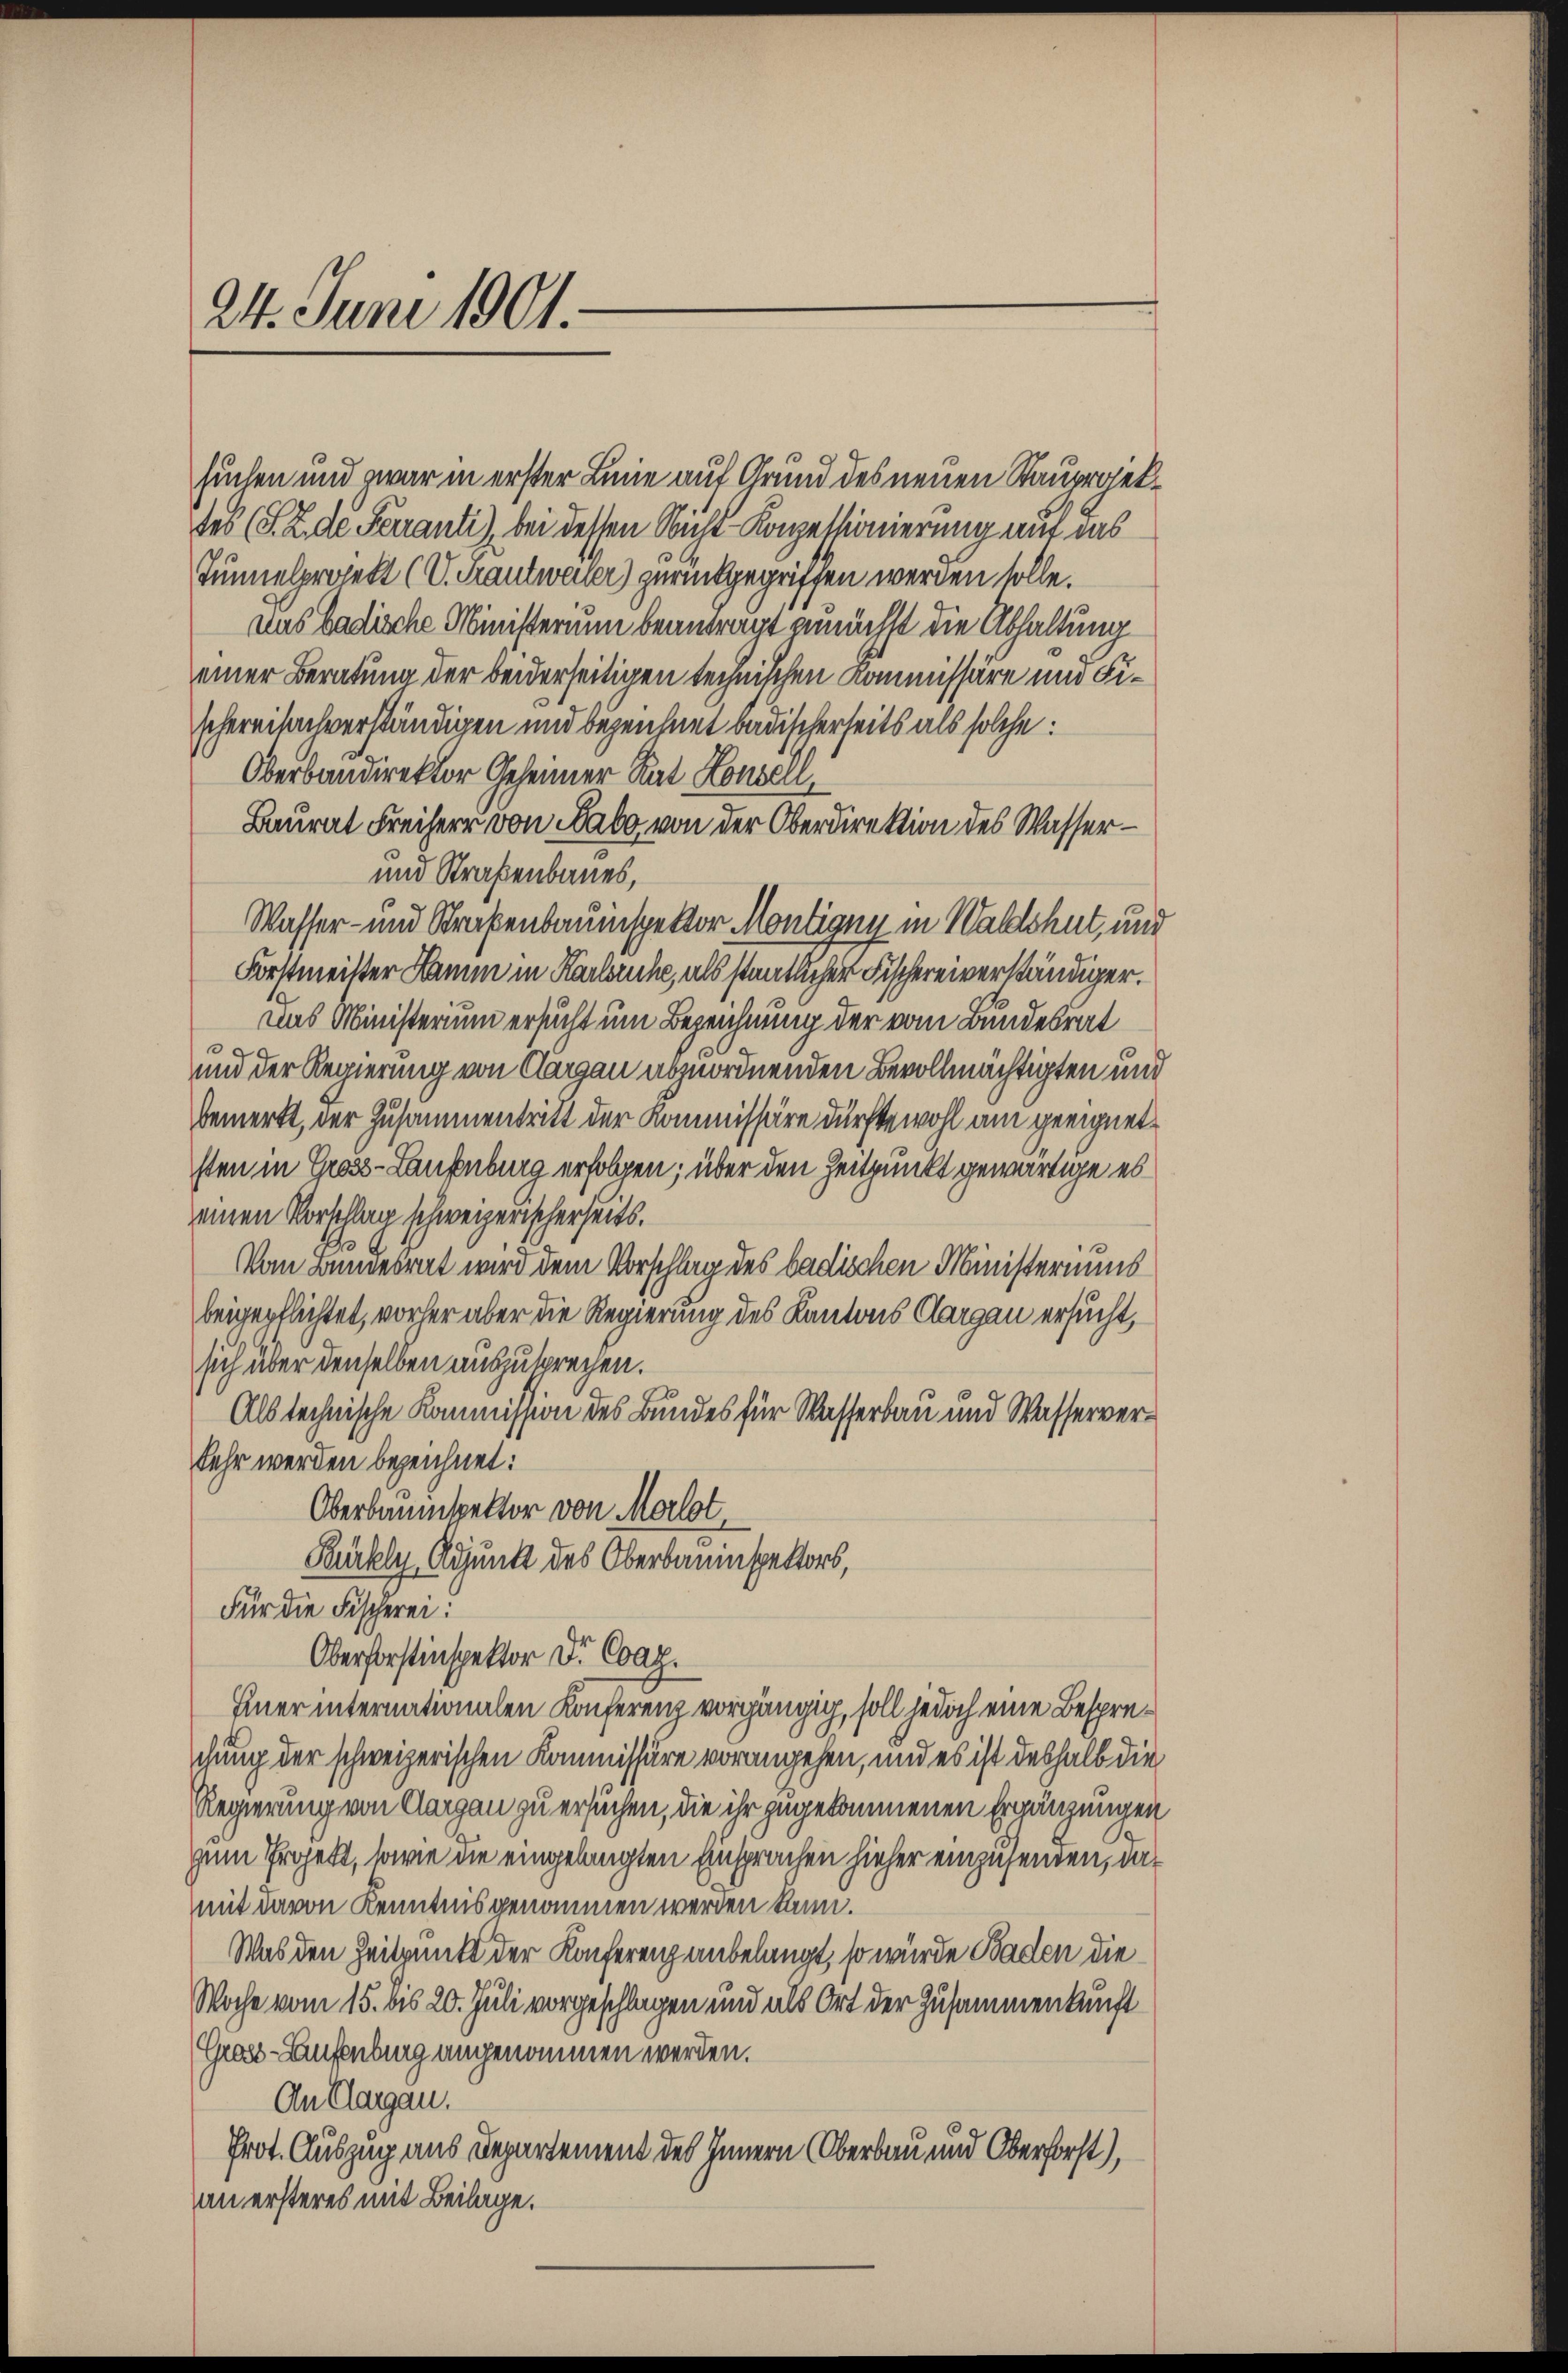
24. Juni 1901.

suchen und war in erster Linie auf Grund des neuen Stauprgekdes (S. 2 de Ferranti), bei dessen Nicht Konzellionierung mit das
Tunnelprojekt (V. Trautweiler) zurückgegriffen werden solle.
dus badische Ministerium beantragt zunächst die Abhaltung
einer Beratung der beiderseitigen technischen Kommissäre und Fischereitachverständigen und bezeichnet badischerseits als solche:
Oberbandirektor Geheimer Rat Konzell,
Baurat Freiherr von Babo von der Oberdirektion des Wasser¬
und Straßenbaues,
Wasser- und Straßenbauinspektor Montigen in Waldshut, und
Forstmeister Hamm in Karlsruhe, als staatlicher Fischereiverständiger.
aas Ministerium ersucht um Bezeichnung der vom Bundesrat
und der Regierung von Aargau abzuordnenden Bevollmächtigten und
bemerkt, der Zusammentritt der Kommissäre dürfte wohl am geeignet
sten in Gross-Laufenburg erfolgen; über den Zeitpunkt gewärtige es
einen Vorschlag schweizerischerseits.
Vom Bundesrat wird dem Vorschlag des badischen Ministeriums
beigepflichtet, vorher aber die Regierung des Kantons Aargau ersucht,
sich über denselben auszusprechen.
Als technische Kommission des Bundes für Wasserbau und Wasserverkehr werden bezeichnet:
Oberbauinspektor von Morlot
Bürkly, Adjunkt des Oberbauinspektors,
Für die Fischerei:
Oberforstinspektor Dr. Coag.
Enerinternationalen Konferenz vorgängig, soll jedoch eine Bespreschung der schweizerischen Kommissäre vorangehen, und es ist deshalb die
Regierung von Aargau zu ersuchen, die ihr zugekommenen Ergänzungen
zum Projekt, sowie die eingelangten Einsprachen hieher einzusenden, das
mit davon Kenntnis genommen werden kann.
Was den Zeitpunkt der Konferenz anbelangt, so wurde Baden die
Woche vom 15. bis 20. Juli vorgeschlagen und als Ort der Zusammenkunft
Gross-Aufenburg angenommen werden.
An Aargau.
Prot. Auszug aus Departement des Innern Oberbau und Oberforst),
an ersteres mit Beilage.